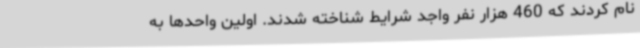
نام کردند که 460 هزار نفر واجد شرایط شناخته شدند. اولین واحدها به